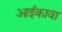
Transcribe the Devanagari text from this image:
आईकावा